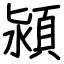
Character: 潁